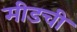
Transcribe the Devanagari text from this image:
मीडची